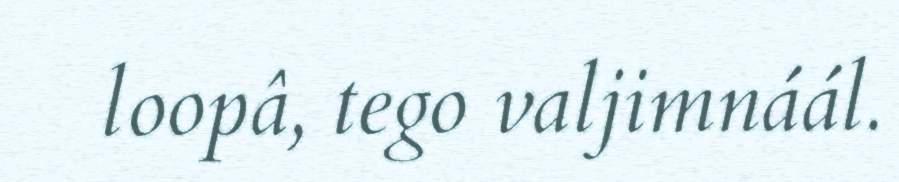
loopâ, tego valjimnáál.